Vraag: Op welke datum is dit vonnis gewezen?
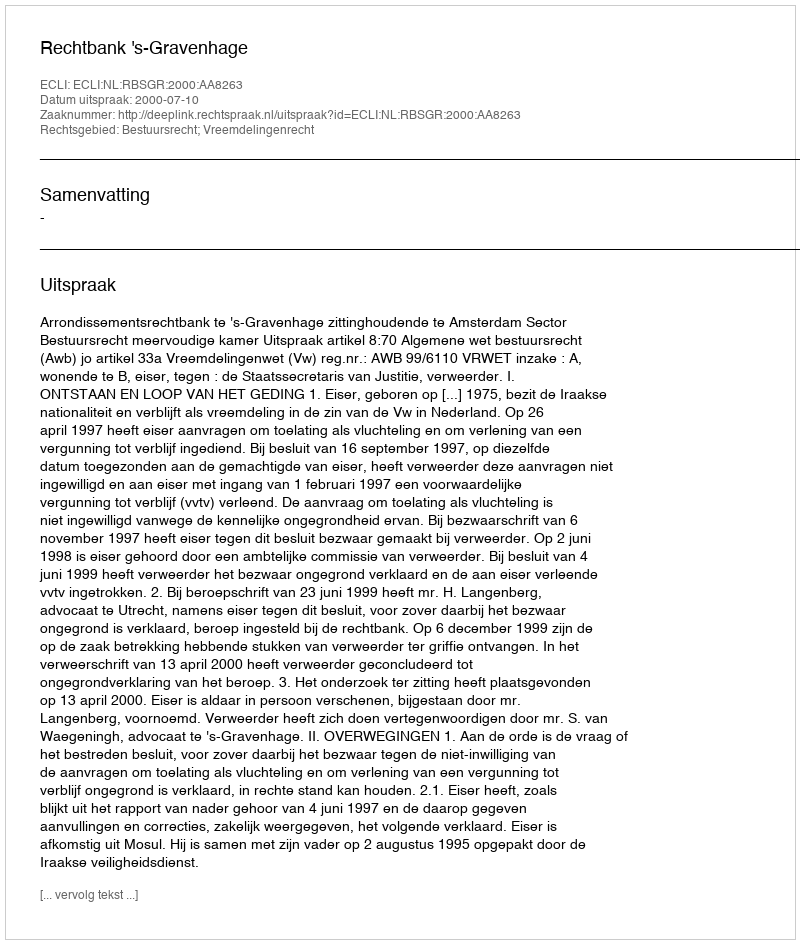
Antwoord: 2000-07-10